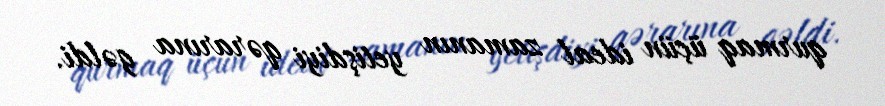
qurmaq üçün ideal zamanın yetişdiyi qərarına gəldi.